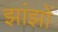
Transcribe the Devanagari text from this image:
झांझों